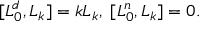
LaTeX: [ L _ { 0 } ^ { d } , L _ { k } ] = k L _ { k } , \; [ L _ { 0 } ^ { n } , L _ { k } ] = 0 .